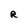
Character: R